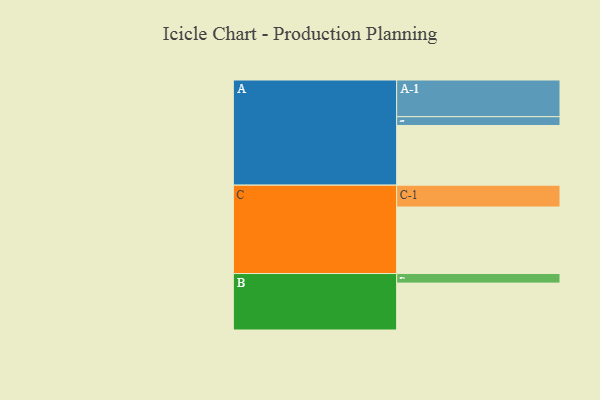
{"axis": {"x": "Segment", "y": "Value"}, "legend": ["", "A", "B", "C"], "data": [{"x": "A", "y": 462, "type": ""}, {"x": "B", "y": 363, "type": ""}, {"x": "C", "y": 515, "type": ""}, {"x": "A-1", "y": 284, "type": "A"}, {"x": "A-2", "y": 68, "type": "A"}, {"x": "B-1", "y": 74, "type": "B"}, {"x": "C-1", "y": 169, "type": "C"}]}